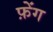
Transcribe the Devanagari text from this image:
फ़ेंग